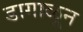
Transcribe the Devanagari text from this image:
डागाळून